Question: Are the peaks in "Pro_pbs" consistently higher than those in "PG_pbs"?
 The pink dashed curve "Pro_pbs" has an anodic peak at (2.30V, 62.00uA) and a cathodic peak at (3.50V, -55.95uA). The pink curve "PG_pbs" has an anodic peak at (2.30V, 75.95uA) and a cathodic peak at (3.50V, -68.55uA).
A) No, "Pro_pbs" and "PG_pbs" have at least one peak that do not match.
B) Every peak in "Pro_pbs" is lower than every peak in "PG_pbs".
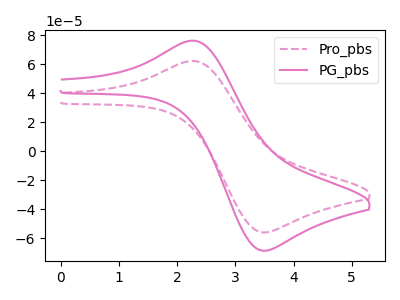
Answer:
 <answer>B) Every peak in "Pro_pbs" is lower than every peak in "PG_pbs".</answer>
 <eval>B</eval>